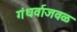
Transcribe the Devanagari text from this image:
गंधर्वाजवळ